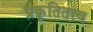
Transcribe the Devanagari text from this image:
प्रकृतितत्त्व